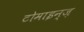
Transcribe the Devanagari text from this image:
टोमाइन्ज़